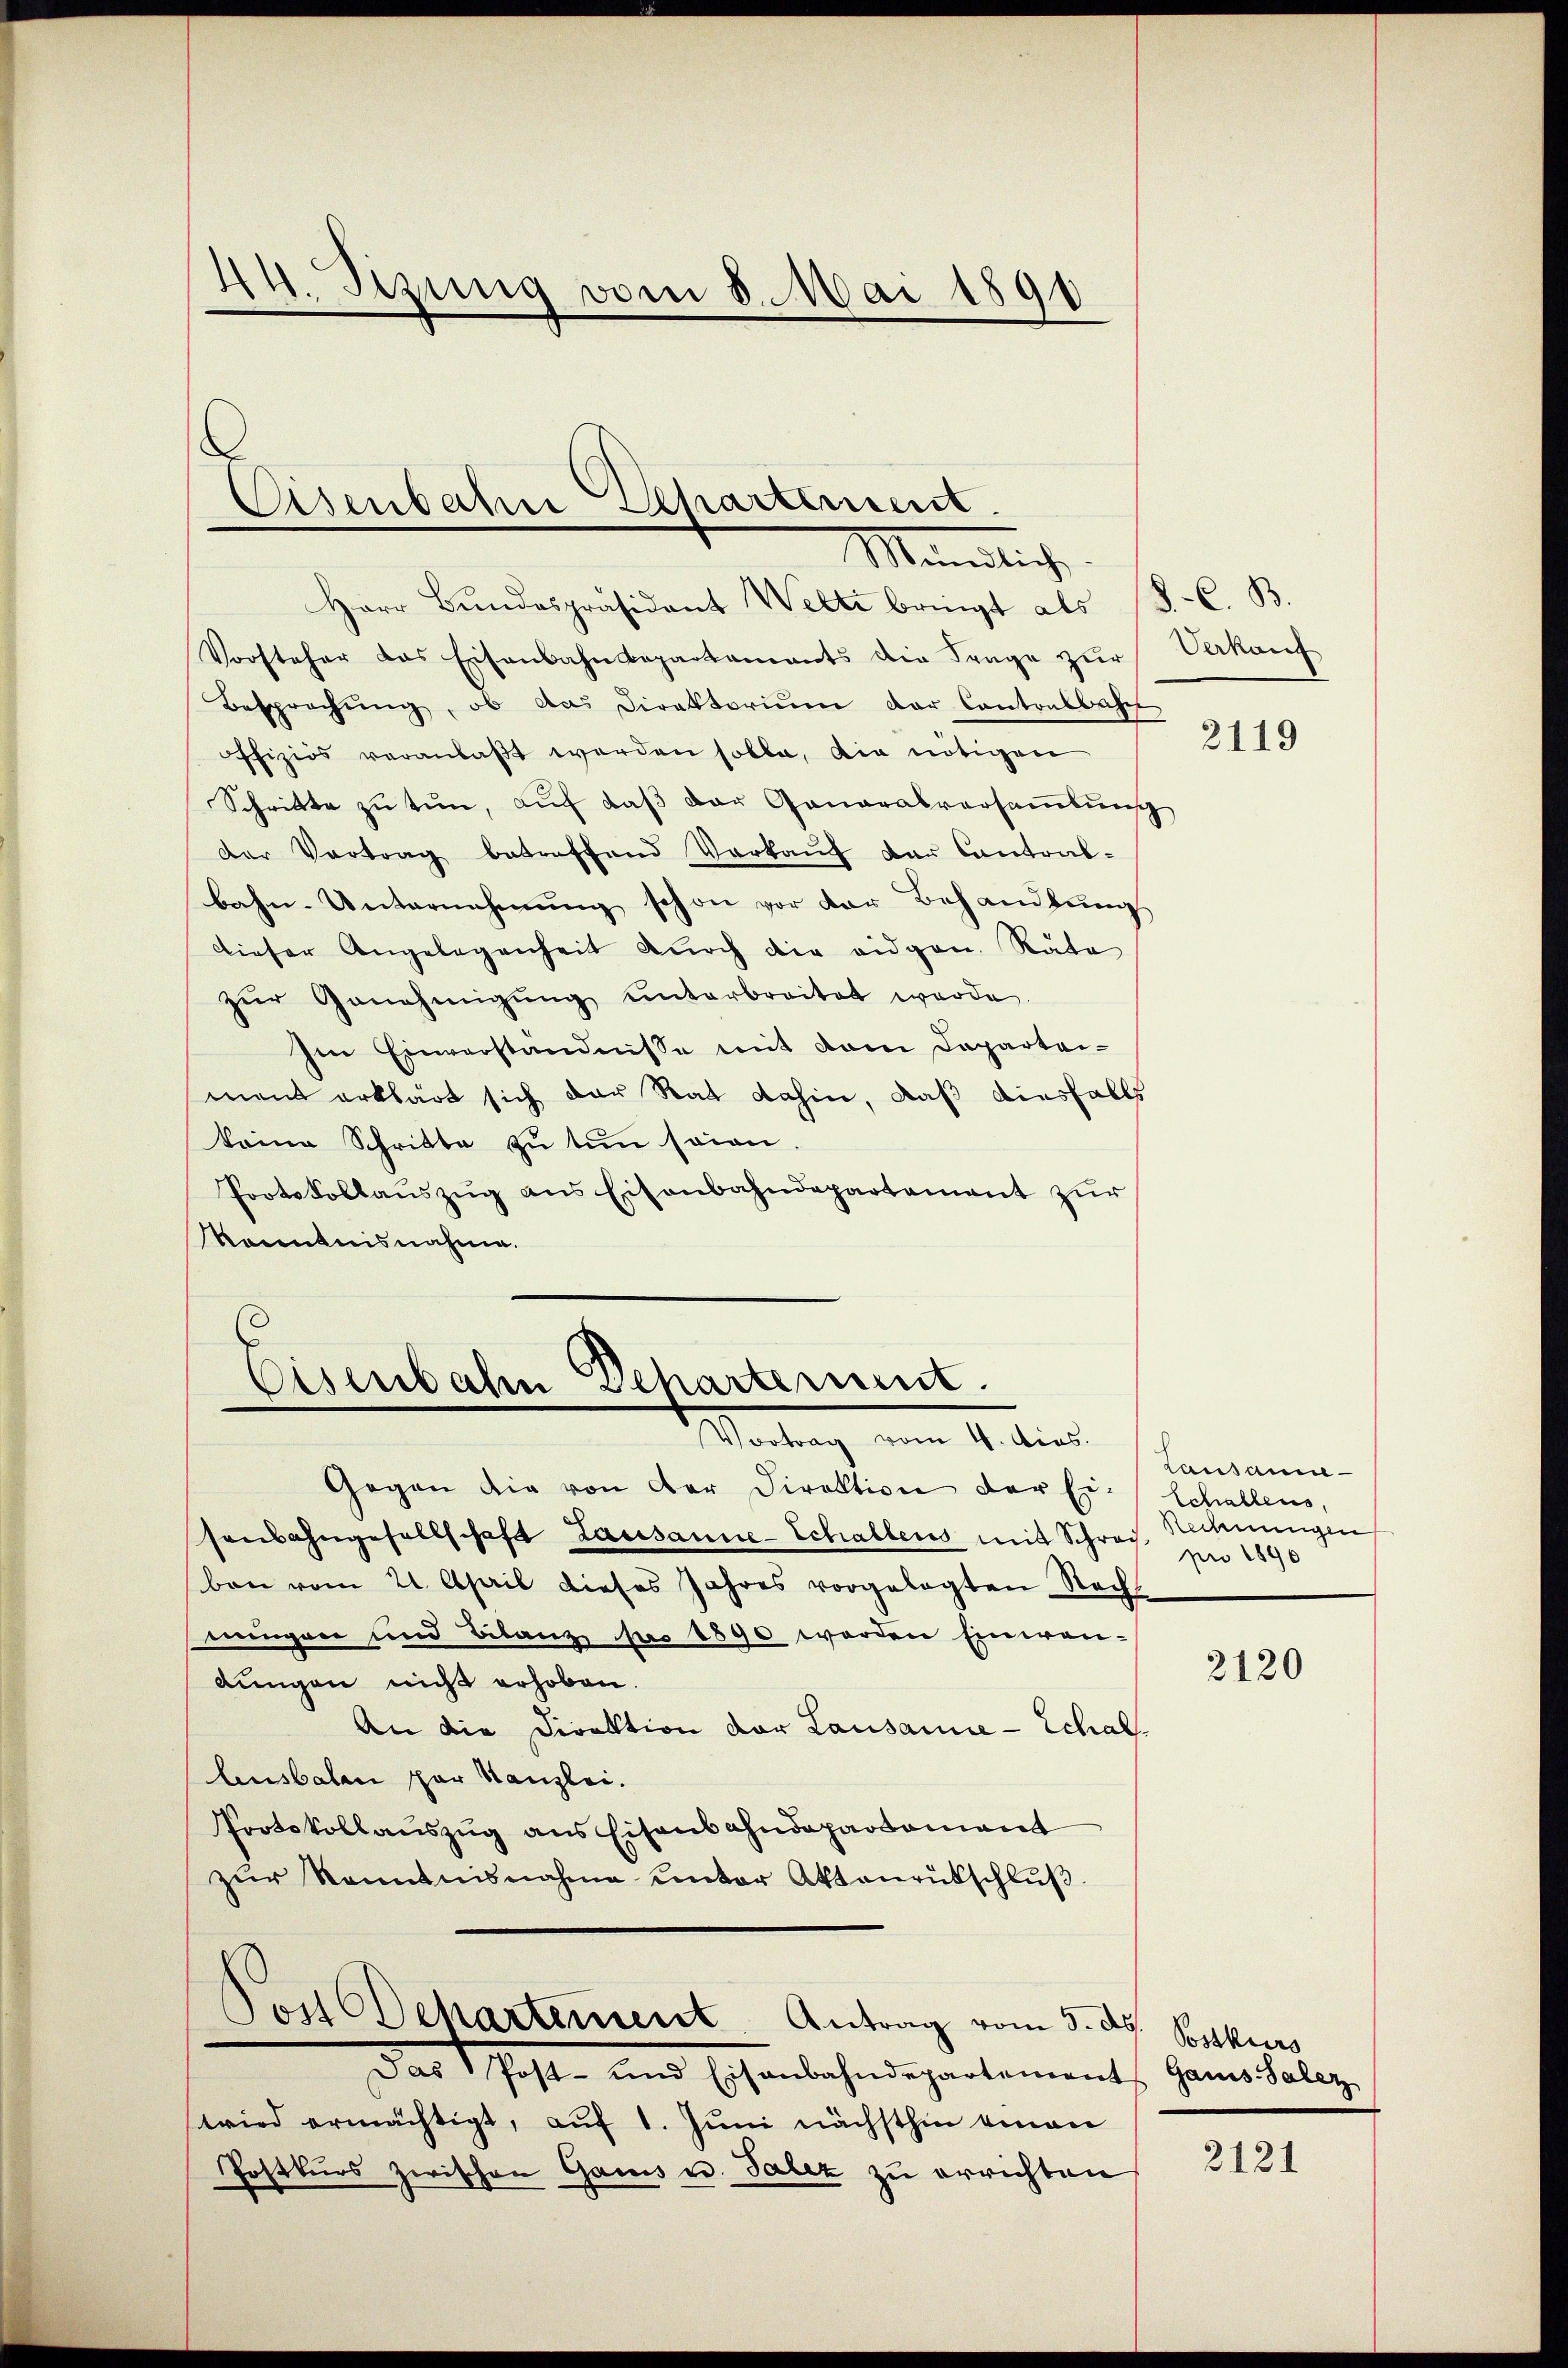
44. Setzung vom 8. Mai 1891

Eisenbahn Departement.
Mändliche

Herr Bŭndespräsident Welti bringt als J. C. B.
Vorsteher das Eisenbahndepartements die Frage zur
Besprechŭng, ob das Direktoriŭm der Cantonsbahn
offizios veranlaßt werden solle, die nötigen
Schritte zu tun, auf daß der Generalversammlung
der Vertrag betreffend Verkaŭf der Contral-
bahn-Unternehmung schon vor der Behandlung
dieser Angelegenheit durch die eidgen. Räte
zŭr Genehmigŭng ŭnterbreitet werde.
Im Einverständnisse mit dem Departei-
mein erklärt sich der Rat dahin, daß diesfalls
keine Schritte zu tun seien.
Protokollaŭszŭg ans Eisenbahndepartement zur
Renntnisnahme.
Eisenbahn Departement.

Vortrag vom 4. dios.

Gegen die von der Direktion der Er-Schallens,
sonbahngesellschaft Lausanne-Schallens mit Schrei. Nehmungen
ben vom 21. April dieses Jahres vorgelegten Recht
nungen und Bilanz pr 1890 werden Einwendungen nicht erhoben.
An die Direktion der Lausanie-Echallusbalen par Kanzlei.
Portokollauszug aus Eisenbahndepartement
zŭr Kenntnisnahme unter Aktenrütschlŭβ
Post Departement Antrag vom 5. d. Postkurs
Das Schafte und Eisenbahndepartement. Gans Poliz
wird ermächtigt, auf 1. Juni nächsthin einan
Postkurs zwischen Gans u. Salez zu errichten

Verkauf

2119

Lausammpro 1890

2120

2121